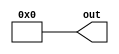
module constant (out);
parameter WIDTH = 8; 
parameter value = 8'b0; 
output [WIDTH-1:0] out;
wire [WIDTH-1:0] out;
assign out = value;
endmodule